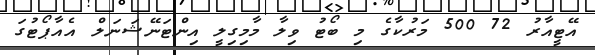
އޭޓީއާރު 72 500 މަރުކާގެ މި ބޯޓު ވިލާ މާމިގިލީ އިންޓަނޭޝަނަލް އެއާޕޯޓުގަ